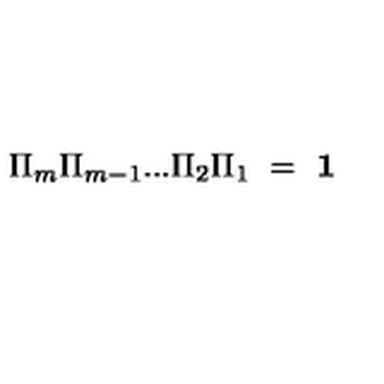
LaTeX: \Pi _ { m } \Pi _ { m - 1 } . . . \Pi _ { 2 } \Pi _ { 1 } \ = \ \mathrm { \bf 1 }